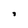
Character: 8